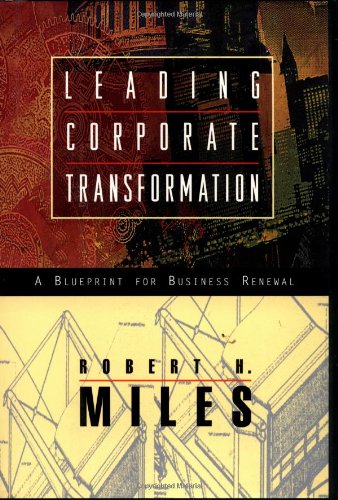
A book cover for Leading Corporate Transformation: A Blueprint for Business Renewal; Robert H. Miles; Business & Money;